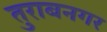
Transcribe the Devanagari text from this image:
तुराबनगर